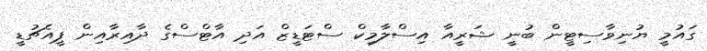
ގައުމީ ޔުނިވާސިޓީން ބުނީ ޝަރީއާ އިސްލާމިކް ސްޓަޑީޒް އަދި އާޓްސްގެ ދާއިރާއިން ޕީއެޗުޑީ